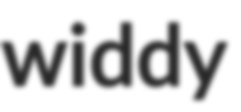
widdy